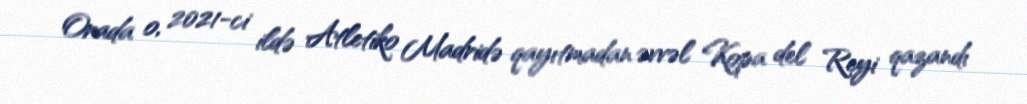
Orada o, 2021-ci ildə Atletiko Madridə qayıtmadan əvvəl Kopa del Reyi qazandı